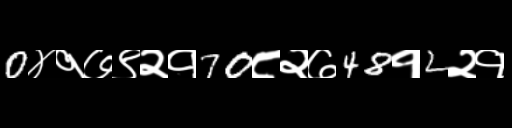
Text: 0४१७९२१70८२७48१2२१